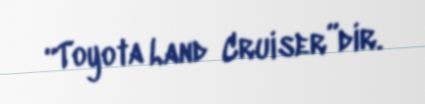
“Toyota Land Cruiser”dir.